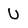
Character: U